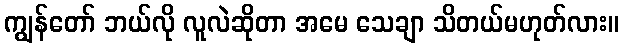
ကျွန်တော် ဘယ်လို လူလဲဆိုတာ အမေ သေချာ သိတယ်မဟုတ်လား။